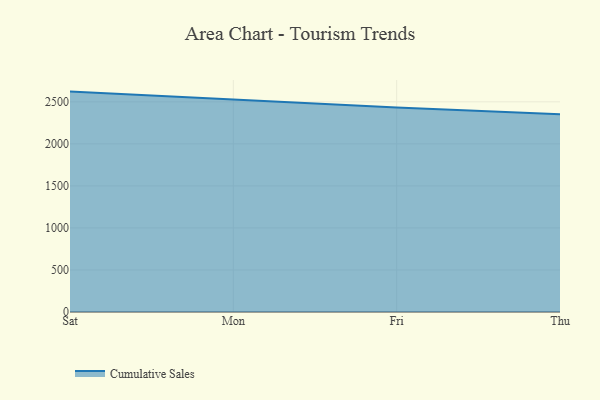
{"axis": {"x": "Day", "y": "Website Visitors"}, "legend": ["Cumulative Sales"], "data": [{"x": "Sat", "y": 2621.8, "type": "Cumulative Sales"}, {"x": "Mon", "y": 2523.9, "type": "Cumulative Sales"}, {"x": "Fri", "y": 2431.7, "type": "Cumulative Sales"}, {"x": "Thu", "y": 2352.6, "type": "Cumulative Sales"}]}